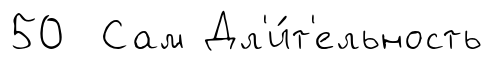
50 Сам Дл'и́т'ельность